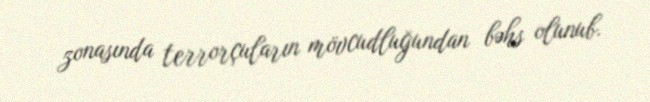
zonasında terrorçuların mövcudluğundan bəhs olunub.